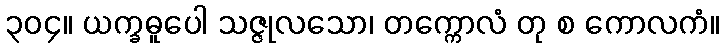
၃၀၄။ ယက္ခဓူပေါ သဇ္ဇုလသော၊ တက္ကောလံ တု စ ကောလကံ။